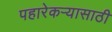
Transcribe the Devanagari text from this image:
पहारेकर्‍यासाठी